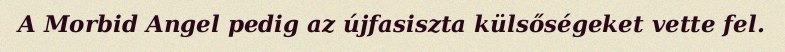
A Morbid Angel pedig az újfasiszta külsőségeket vette fel.